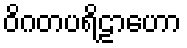
ဝိဂတပရိဠာဟော